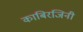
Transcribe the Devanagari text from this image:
काबिरजिनी